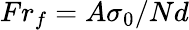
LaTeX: Fr_{f}=A\sigma_{0}/Nd